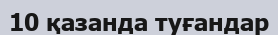
10 қазанда туғандар